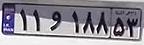
۱۱و۱۸۸۵۳